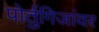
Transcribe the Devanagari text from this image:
पोर्तुगिजांवर